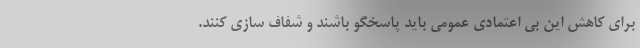
برای کاهش این بی اعتمادی عمومی باید پاسخگو باشند و شفاف سازی کنند.